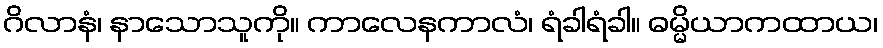
ဂိလာနံ၊ နာသောသူကို။ ကာလေနကာလံ၊ ရံခါရံခါ။ ဓမ္မိယာကထာယ၊